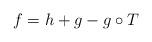
LaTeX: \begin{align*}f=h+g-g\circ T\end{align*}